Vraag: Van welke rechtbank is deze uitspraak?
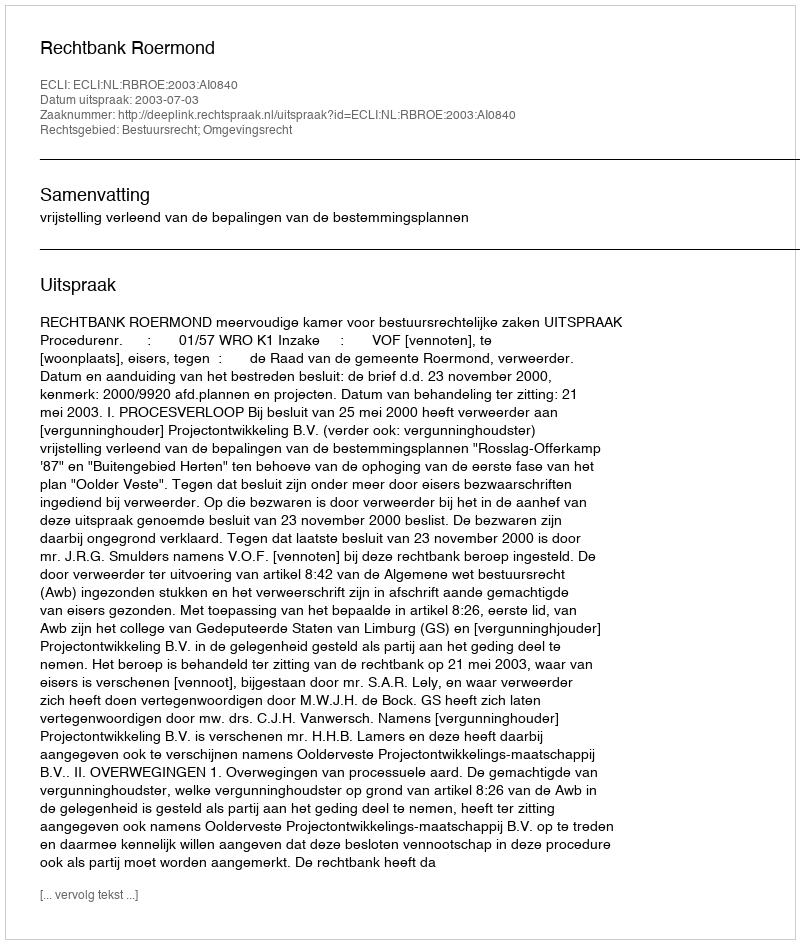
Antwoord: Rechtbank Roermond